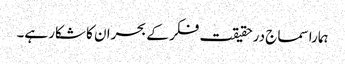
ہمارا سماج درحقیقت فکر کے بحران کا شکار ہے۔